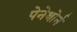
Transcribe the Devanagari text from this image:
पेनेथोर्न